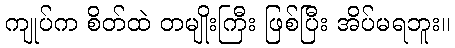
ကျုပ်က စိတ်ထဲ တမျိုးကြီး ဖြစ်ပြီး အိပ်မရဘူး။